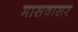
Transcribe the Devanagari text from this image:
मासवासर